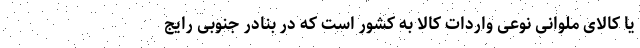
یا کالای ملوانی نوعی واردات کالا به کشور است که در بنادر جنوبی رایج